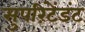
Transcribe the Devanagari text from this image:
सुपरिंटेंडंट